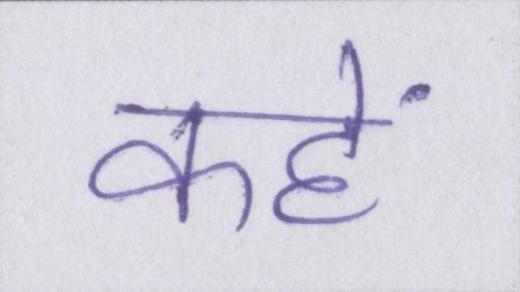
कहें